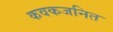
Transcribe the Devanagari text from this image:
कवकजनित